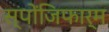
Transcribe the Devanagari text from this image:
स्पोंजिफार्म